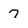
Character: 7